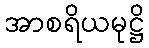
အာစရိယမုဋ္ဌိ